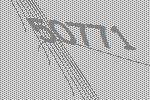
50771